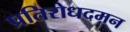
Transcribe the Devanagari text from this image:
प्रतिरोधदमन